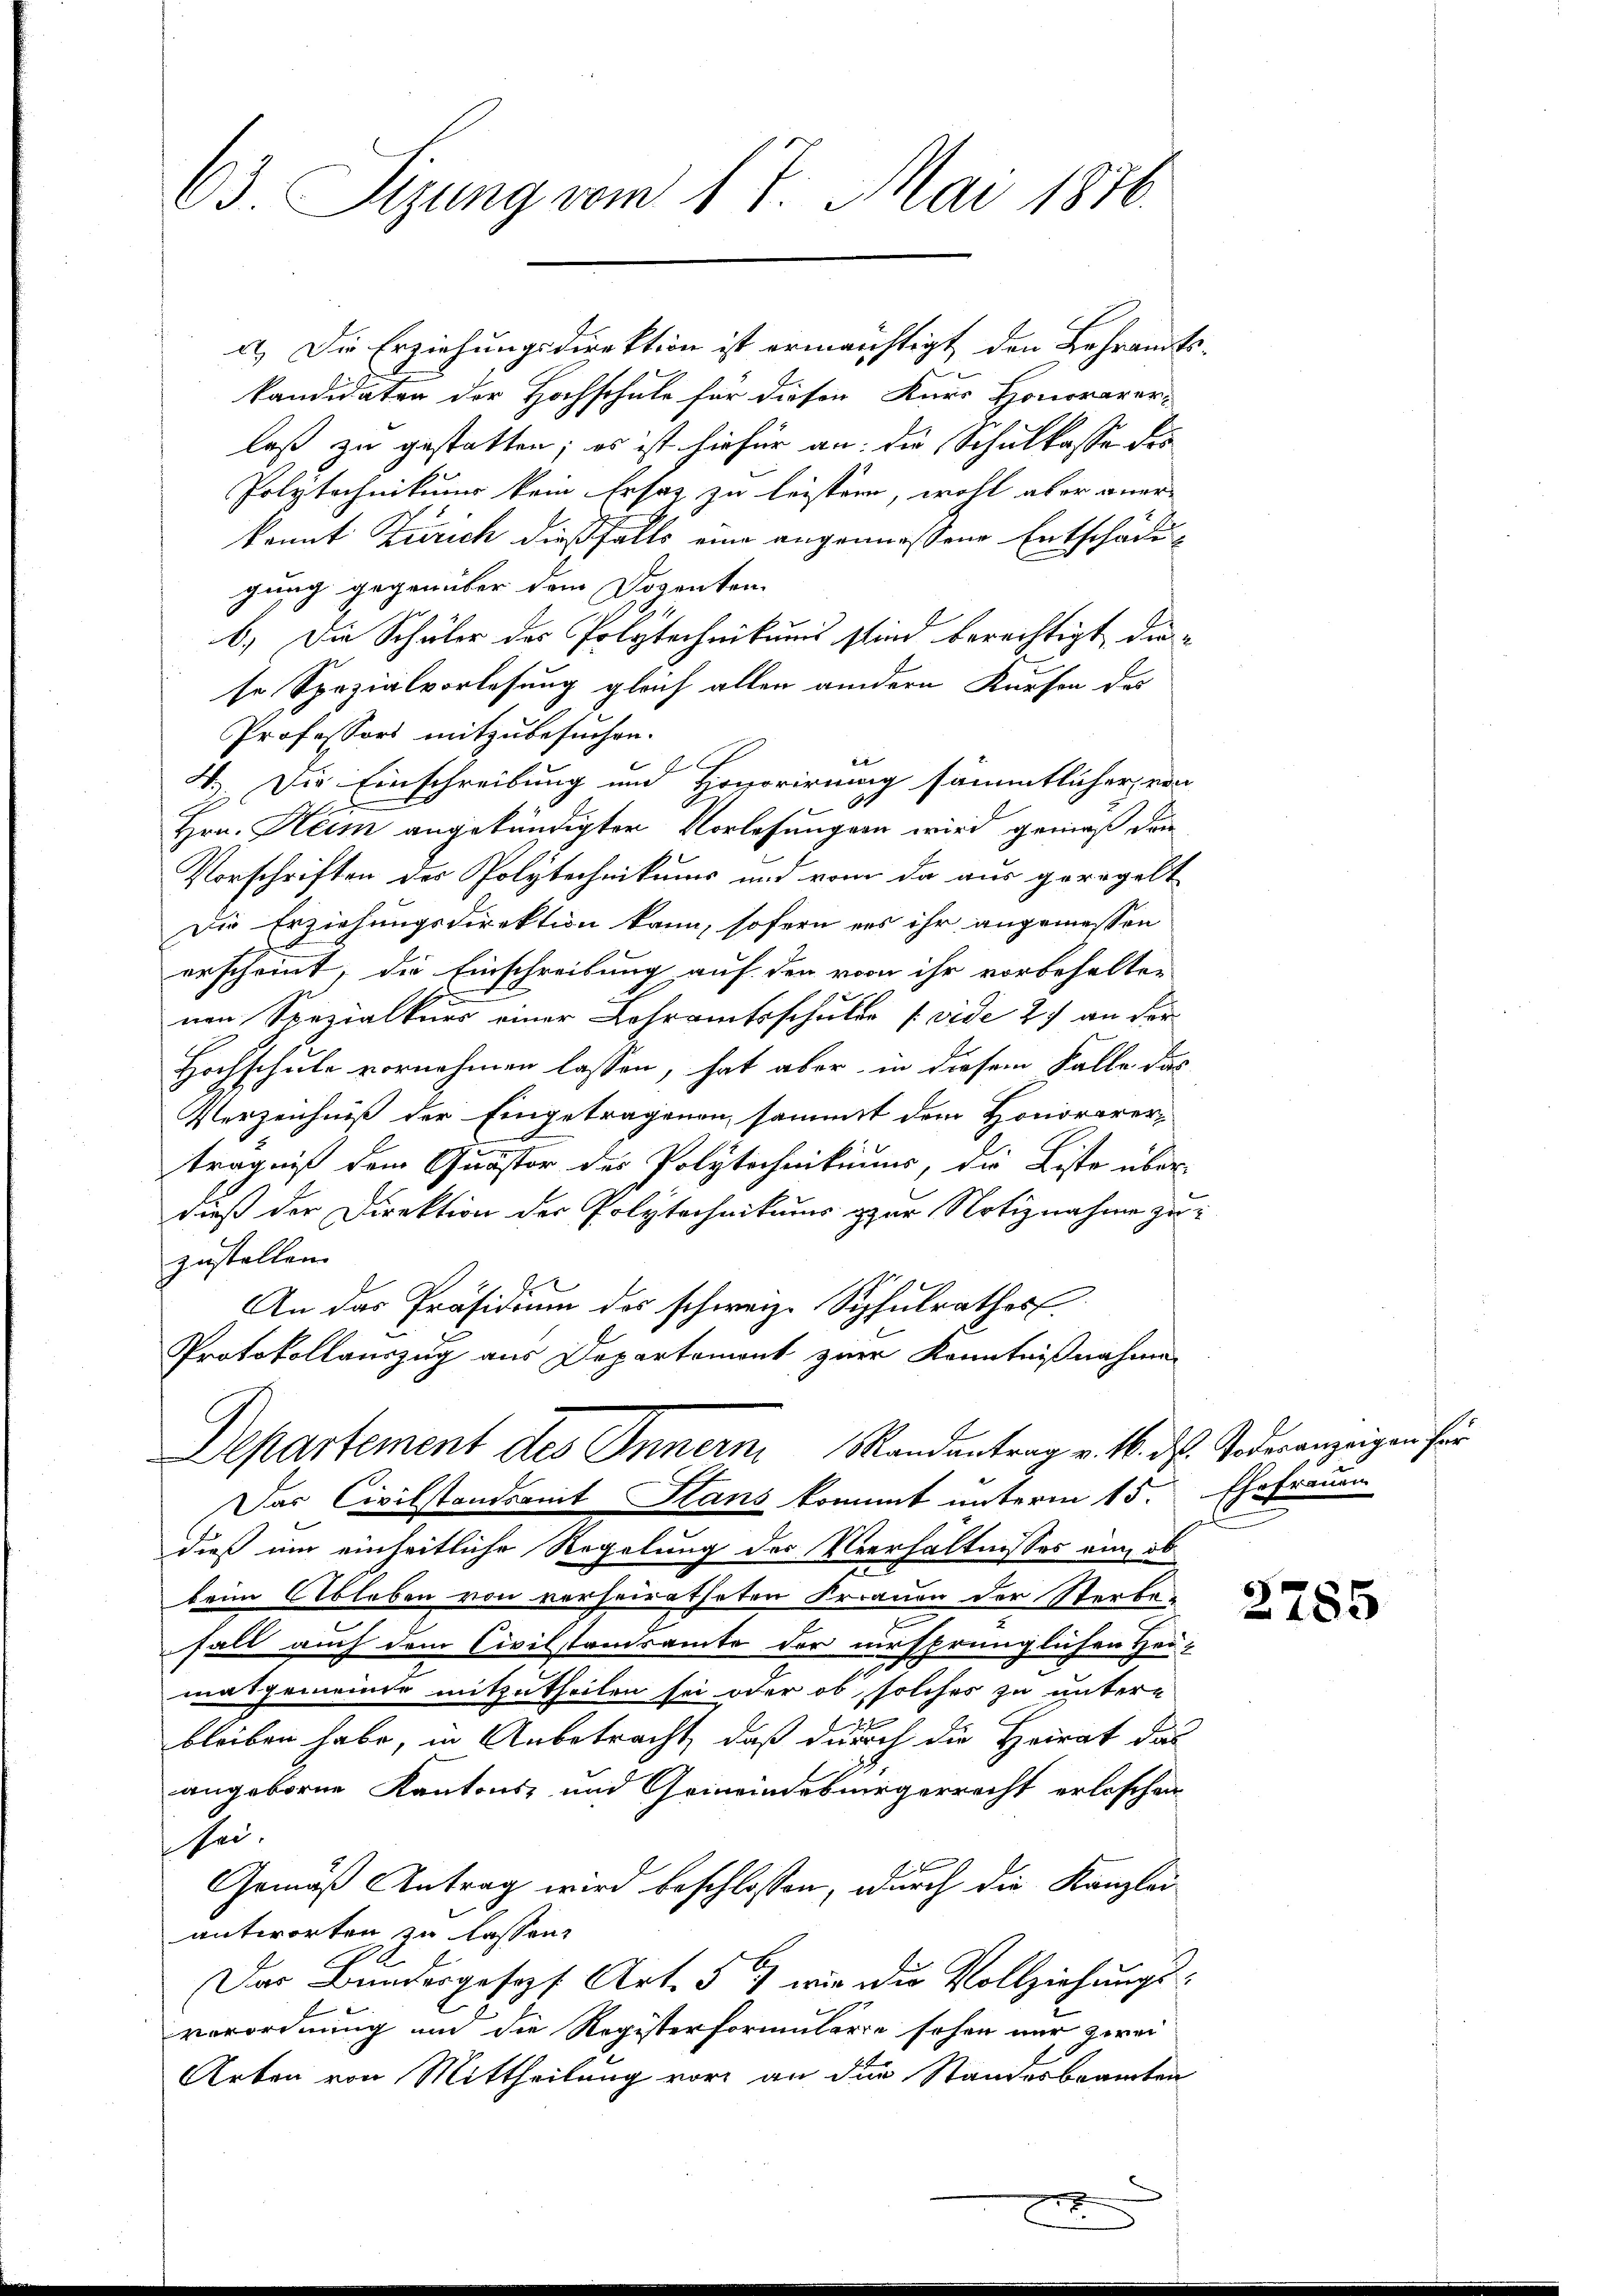
63. Sizung vom 17. Mai 1876.

a.) Die Erziehungsdirektion ist ermächtigt den Lehramtskandidaten der Hochschule für dieser Kurs Honorarer-
laß zu gestatten; es ist hiefür an: die Schulkasse der
Polytechnikums kein Ersatz zu leisten, wohl aber aner-
kannt Zürich dießfalls eine angemeßene Entschädi
gung gegenüber dem Dozenten.
b.) Die Schüler der Polytechnikums sind berechtigt, die-
se Spezialvorlesung gleich allen andern Kürfen des
Professors mitzubesuchen.
ex
4.) Die Einschreibung und Honorirung sämmtlicher von
Hrn. Heim angekündigter Vorlesungen wird genieß den
Vorschriften der Polytechnikums und vom da aus geregelt
Die Erziehungsdirektion kann, sofern es ihr angemessen
erscheint, die Einschreibung auf den von ihr vorbehalten
6
nen Spezialkurs einer Lehramtsschulde (vide 2. an der
Hochschule vornehmen lassen, hat aber in diesem Falle das
Verzeichniß der Eingetragenen sammt dem Honorarerträgniß dem Quastor der Polytechnikums, die Liste über-
dieß der Direktion der Polytechnikums zur Notiznahme zu
zustellen.
An das Präsidium des schweiz. Sophulrathes
Protokollauszug aus Departemont zuer Kenntnißnahmen
Departement des Innern Mandantrag v. M. D. Jederanzeigen für
Das Civilstandsamt Hans kommt unterm 15.
dieß ein einheitliche Regelung des Verhältnisses nun ob
beim Ableben von verheiratheten Frauen der Sterbe
fall auch dem Civilstandsamte der ursprünglichen Hei-
masgemeinde mitzutheilen sei oder ob, solches zu untern
bleiben habe, in Anbetracht, daß durch die Heirat das
angeborne Kantons- und Gemeindesnirgerrecht erloschen
u.
Gemäß Antrag wird beschlossen, durch die Kanzlei-
antworten zu lassen.
Das Bundesgesezt Art. 5 wie die Vollziehungsverordnung und die Registerformularie sehen nur zwei
Arten von Mittheilung vor an der Standesbeamten

Ehefrauen

2785